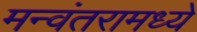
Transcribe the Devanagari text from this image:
मन्वंतरामध्ये